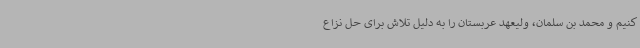
کنیم و محمد بن سلمان، ولیعهد عربستان را به دلیل تلاش برای حل نزاع